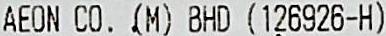
AEON CO. (M) BHD (126926-H)